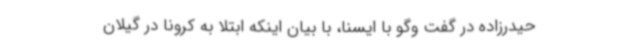
حیدرزاده در گفت وگو با ایسنا، با بیان اینکه ابتلا به کرونا در گیلان